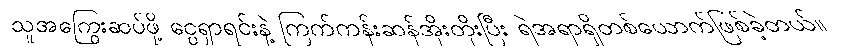
သူအကြွေးဆပ်ဖို့ ငွေရှာရင်းနဲ့ ကြက်ကန်းဆန်အိုးတိုးပြီး ရဲအရာရှိတစ်ယောက်ဖြစ်ခဲ့တယ်။